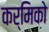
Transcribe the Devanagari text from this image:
कर्मिको